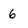
Character: 6